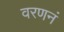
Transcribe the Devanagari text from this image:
वरणनं